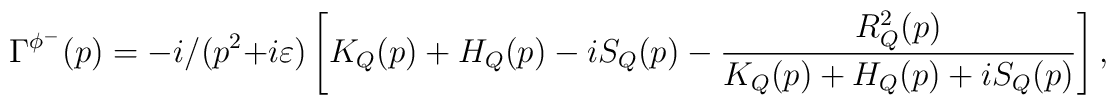
\Gamma^{\phi^-}(p)=-i/(p^2+i\varepsilon)\left[K_Q(p)+H_Q(p)-iS_Q(p)-\frac{R_Q^2(p)}{K_Q(p)+H_Q(p)+iS_Q(p)}\right],